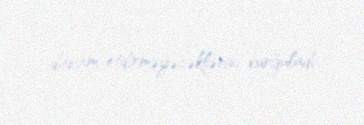
davam etdirməyəcəklərini vurğuladı.